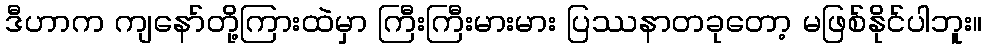
ဒီဟာက ကျနော်တို့ကြားထဲမှာ ကြီးကြီးမားမား ပြဿနာတခုတော့ မဖြစ်နိုင်ပါဘူး။